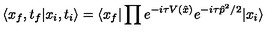
\langle x _ { f } , t _ { f } | x _ { i } , t _ { i } \rangle = \langle x _ { f } | \prod e ^ { - i \tau V ( \hat { x } ) } e ^ { - i \tau \hat { p } ^ { 2 } / 2 } | x _ { i } \rangle